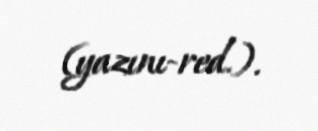
(yazını-red.).